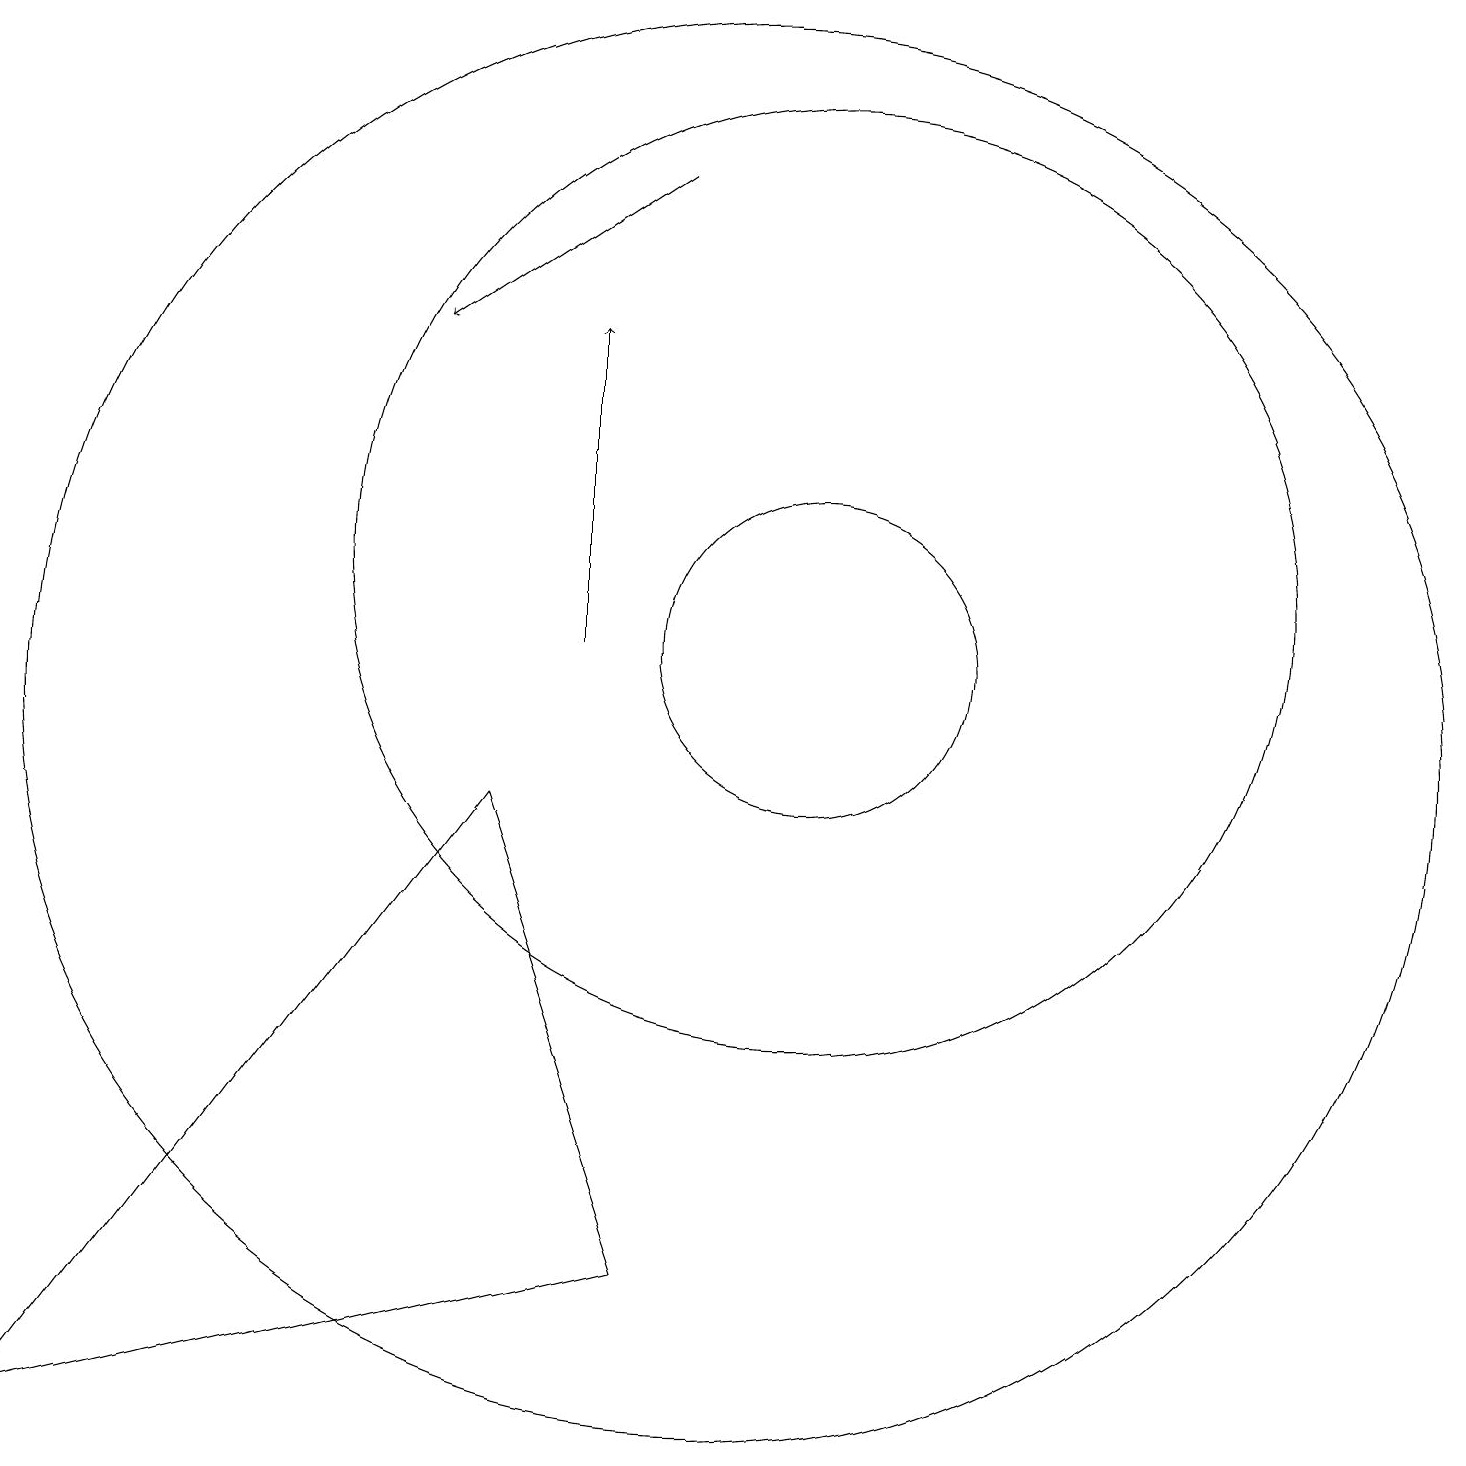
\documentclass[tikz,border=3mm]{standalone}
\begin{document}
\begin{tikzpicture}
\draw (11,12) circle (6);
\draw[->] (9,17) -- (6,15);
\draw[->] (8,11) -- (8,15);
\draw (10,10) circle (9);
\draw (1,1) -- (9,3) -- (7,9) -- cycle;
\draw (11,11) circle (2);
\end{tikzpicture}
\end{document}